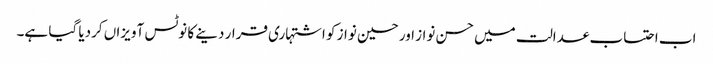
اب احتساب عدالت میں حسن نواز اور حسین نواز کو اشتہاری قرار دینے کا نوٹس آویزاں کردیا گیا ہے۔